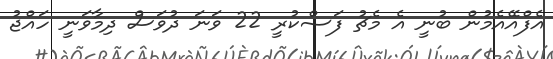
އެފްއޭއެމުން ބުނީ އެ މެޗު ފަސްކުރީ 22 ވަނަ ދުވަސް ދިމާވަނީ ހައްޖު